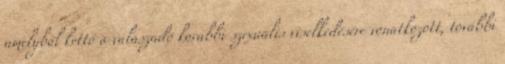
amelyből kettő a válaszadó korábbi szexuális viselkedésére vonatkozott, további